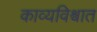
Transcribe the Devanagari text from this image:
काव्यविश्वात